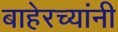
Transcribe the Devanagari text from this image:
बाहेरच्यांनी